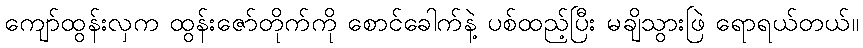
ကျော်ထွန်းလှက ထွန်းဇော်တိုက်ကို စောင်ခေါက်နဲ့ ပစ်ထည့်ပြီး မချိသွားဖြဲ ရောရယ်တယ်။